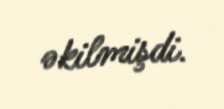
əkilmişdi.